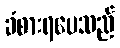
ခံစားရပေသည်